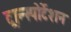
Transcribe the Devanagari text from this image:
ट्रान्स्पोर्टेशन